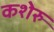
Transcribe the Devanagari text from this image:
कशेरु